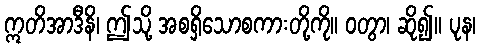
ဣတိအာဒီနိ၊ ဤသို့ အစရှိသောစကားတို့ကို။ ဝတွာ၊ ဆို၍။ ပုန၊